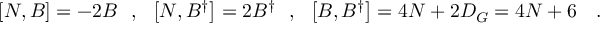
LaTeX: \left[ N , B \right] = - 2 B \ \ , \ \ \left[ N , B ^ { \dagger } \right] = 2 B ^ { \dagger } \ \ , \ \ \left[ B , B ^ { \dagger } \right] = 4 N + 2 D _ { G } = 4 N + 6 \ \ \ .